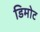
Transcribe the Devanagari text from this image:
डिमोट